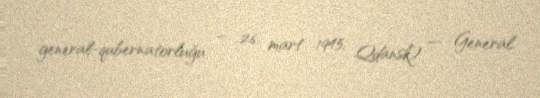
general-qubernatorluğu – 26 mart 1945, Qdansk) — General.